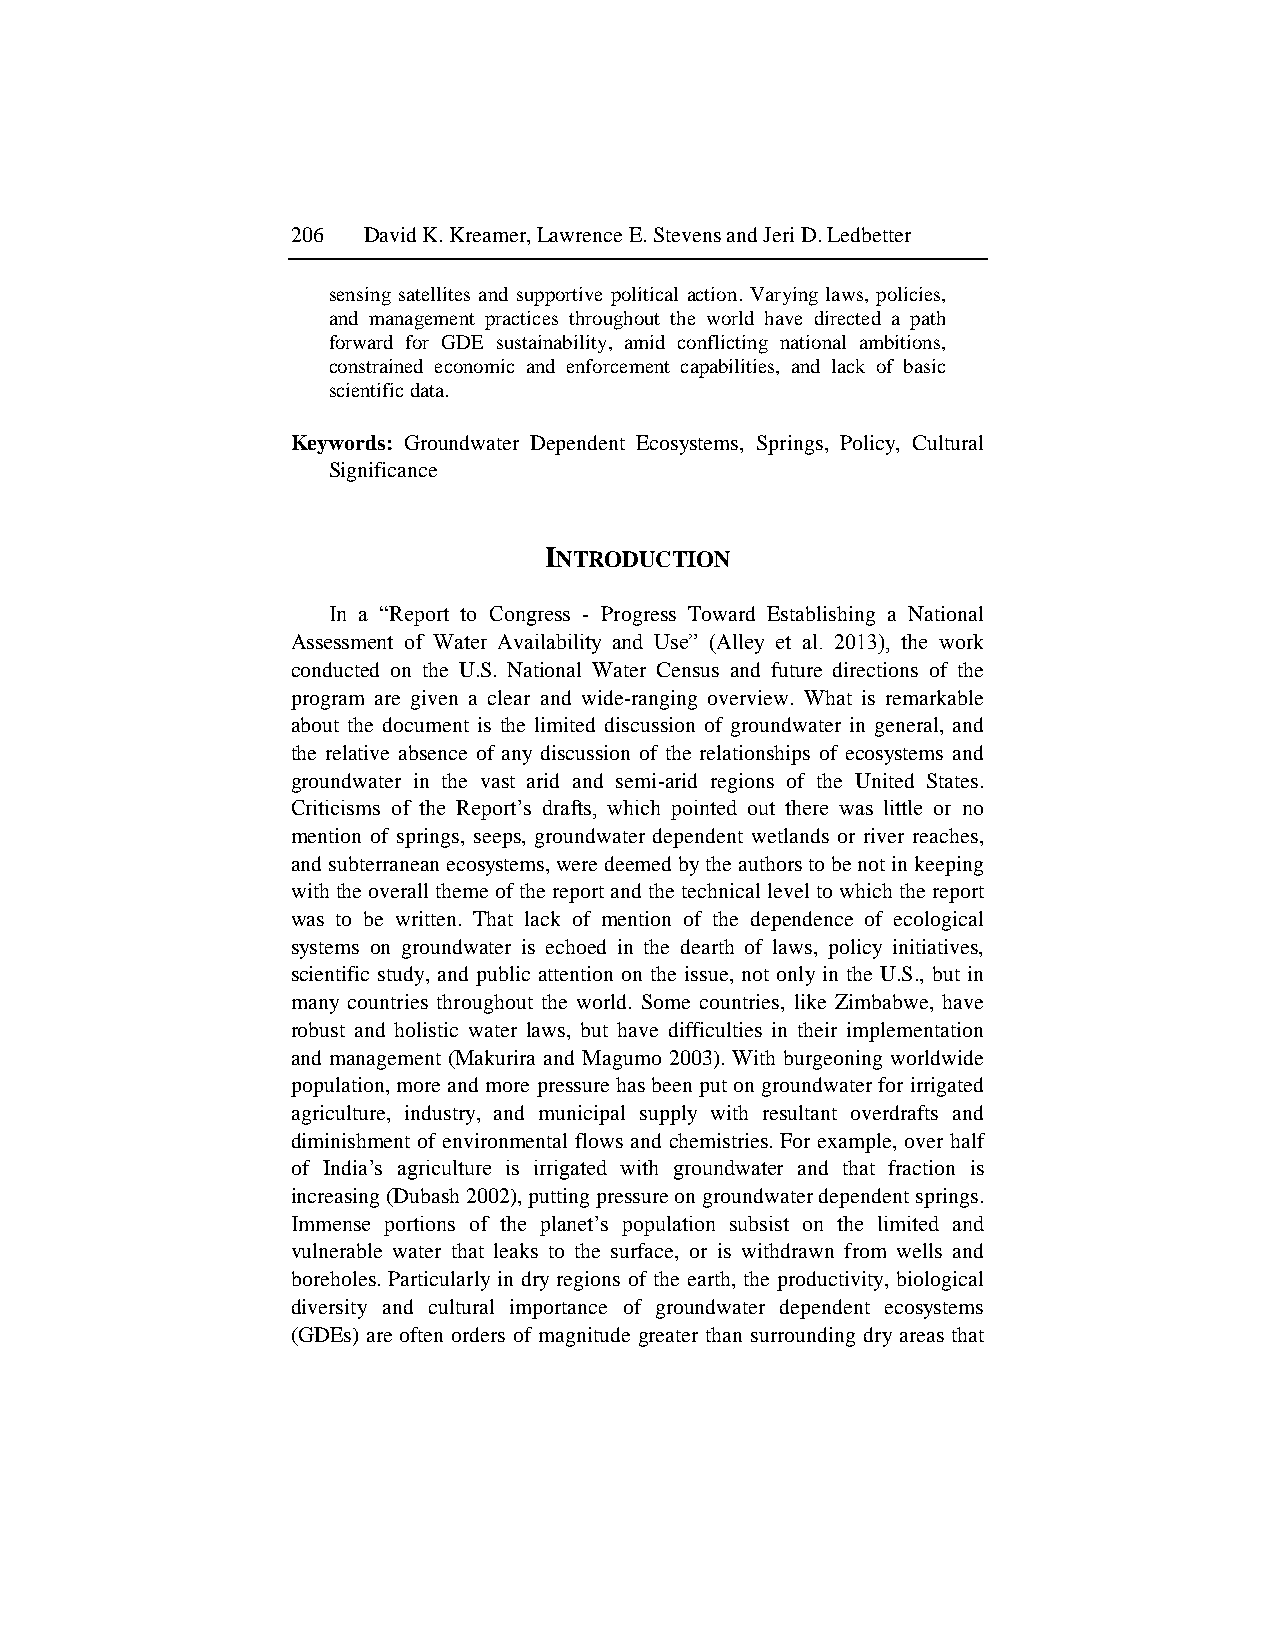
206  David K. Kreamer, Lawrence E. Stevens and Jeri D. Ledbetter
 sensing satellites and supportive political action. Varying laws, policies,
 and management practices throughout the world have directed a path
 forward for GDE sustainability, amid conflicting national ambitions,
 constrained economic and enforcement capabilities, and lack of basic
 scientific data.
 Keywords: Groundwater Dependent Ecosystems, Springs, Policy, Cultural
 Significance
 INTRODUCTION
 In a “Report to Congress - Progress Toward Establishing a National
 Assessment of Water Availability and Use” (Alley et al. 2013), the work
 conducted on the U.S. National Water Census and future directions of the
 program are given a clear and wide-ranging overview. What is remarkable
 about the document is the limited discussion of groundwater in general, and
 the relative absence of any discussion of the relationships of ecosystems and
 groundwater in the vast arid and semi-arid regions of the United States.
 Criticisms of the Report‟s drafts, which pointed out there was little or no
 mention of springs, seeps, groundwater dependent wetlands or river reaches,
 and subterranean ecosystems, were deemed by the authors to be not in keeping
 with the overall theme of the report and the technical level to which the report
 was to be written. That lack of mention of the dependence of ecological
 systems on groundwater is echoed in the dearth of laws, policy initiatives,
 scientific study, and public attention on the issue, not only in the U.S., but in
 many countries throughout the world. Some countries, like Zimbabwe, have
 robust and holistic water laws, but have difficulties in their implementation
 and management (Makurira and Magumo 2003). With burgeoning worldwide
 population, more and more pressure has been put on groundwater for irrigated
 agriculture, industry, and municipal supply with resultant overdrafts and
 diminishment of environmental flows and chemistries. For example, over half
 of India‟s agriculture is irrigated with groundwater and that fraction is
 increasing (Dubash 2002), putting pressure on groundwater dependent springs.
 Immense portions of the planet‟s population subsist on the limited and
 vulnerable water that leaks to the surface, or is withdrawn from wells and
 boreholes. Particularly in dry regions of the earth, the productivity, biological
 diversity and cultural importance of groundwater dependent ecosystems
 (GDEs) are often orders of magnitude greater than surrounding dry areas that